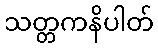
သတ္တကနိပါတ်